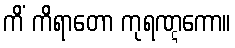
ကိံ ကိရာတော ကုရဏ္ဋကော။